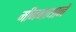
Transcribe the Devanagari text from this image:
मीननाथानें